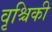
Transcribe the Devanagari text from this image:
वृश्चिकी